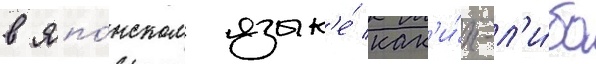
в япо́нском язык'е́ как'и́х-л'и́бо